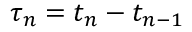
\tau _ { n } = t _ { n } - t _ { n - 1 }